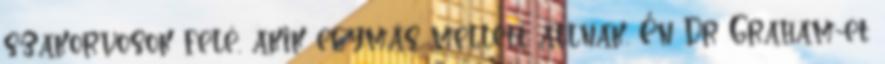
szakorvosok felé, akik egymás mellett állnak. Én Dr Graham-et